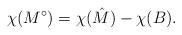
LaTeX: \begin{align*} \chi(M^{\circ})=\chi(\hat{M})-\chi(B).\end{align*}